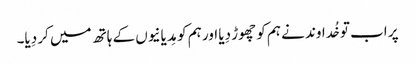
پر اب تو خُداوند نے ہم کو چھوڑ دِیا اور ہم کو مِدیانیوں کے ہاتھ میں کر دِیا۔